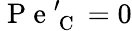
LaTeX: \mathrm{~P~e~}_{\mathrm{~C~}}^{\prime}=0